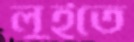
লুইতে